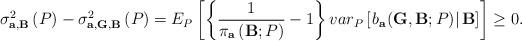
LaTeX: \begin{align*}\sigma _{\mathbf{a},\mathbf{B}}^{2}\left( P\right) -\sigma _{\mathbf{a},\mathbf{G},\mathbf{B}}^{2}\left( P\right) =E_{P}\left[ \left\{ \frac{1}{\pi_{\mathbf{a}}\left( \mathbf{B};P\right) }-1\right\} var_{P}\left[ \left. b_{\mathbf{a}}(\mathbf{G,B};P)\right\vert \mathbf{B}\right] \right] \geq 0.\end{align*}